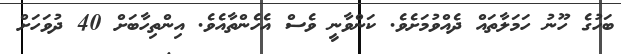
ބަހުގެ ހޫނު ހަމަލާތައް ދެއްވުމަށެވެ. ކަންވާނީ ވެސް އެހެންތާއެވެ. އިންތިހާބަށް 40 ދުވަހަށް